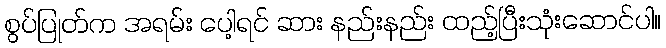
စွပ်ပြုတ်က အရမ်း ပေါ့ရင် ဆား နည်းနည်း ထည့်ပြီးသုံးဆောင်ပါ။